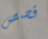
قصص